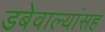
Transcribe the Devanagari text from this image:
डबेवाल्यांसह